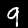
Digit: 9